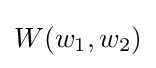
W(w_{1},w_{2})